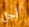
أجل